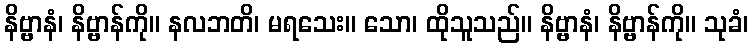
နိဗ္ဗာနံ၊ နိဗ္ဗာန်ကို။ နလဘတိ၊ မရသေး။ သော၊ ထိုသူသည်။ နိဗ္ဗာနံ၊ နိဗ္ဗာန်ကို။ သုခံ၊